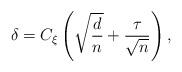
LaTeX: \begin{align*}\delta=C_{\xi} \left(\sqrt{\frac{d}{n}}+ \frac{\tau}{\sqrt{ n}}\right),\end{align*}